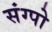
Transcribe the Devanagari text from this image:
संग्पो